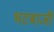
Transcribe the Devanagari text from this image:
भटबाजी